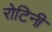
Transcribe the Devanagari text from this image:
रोटिनी